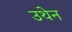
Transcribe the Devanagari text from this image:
उथेन